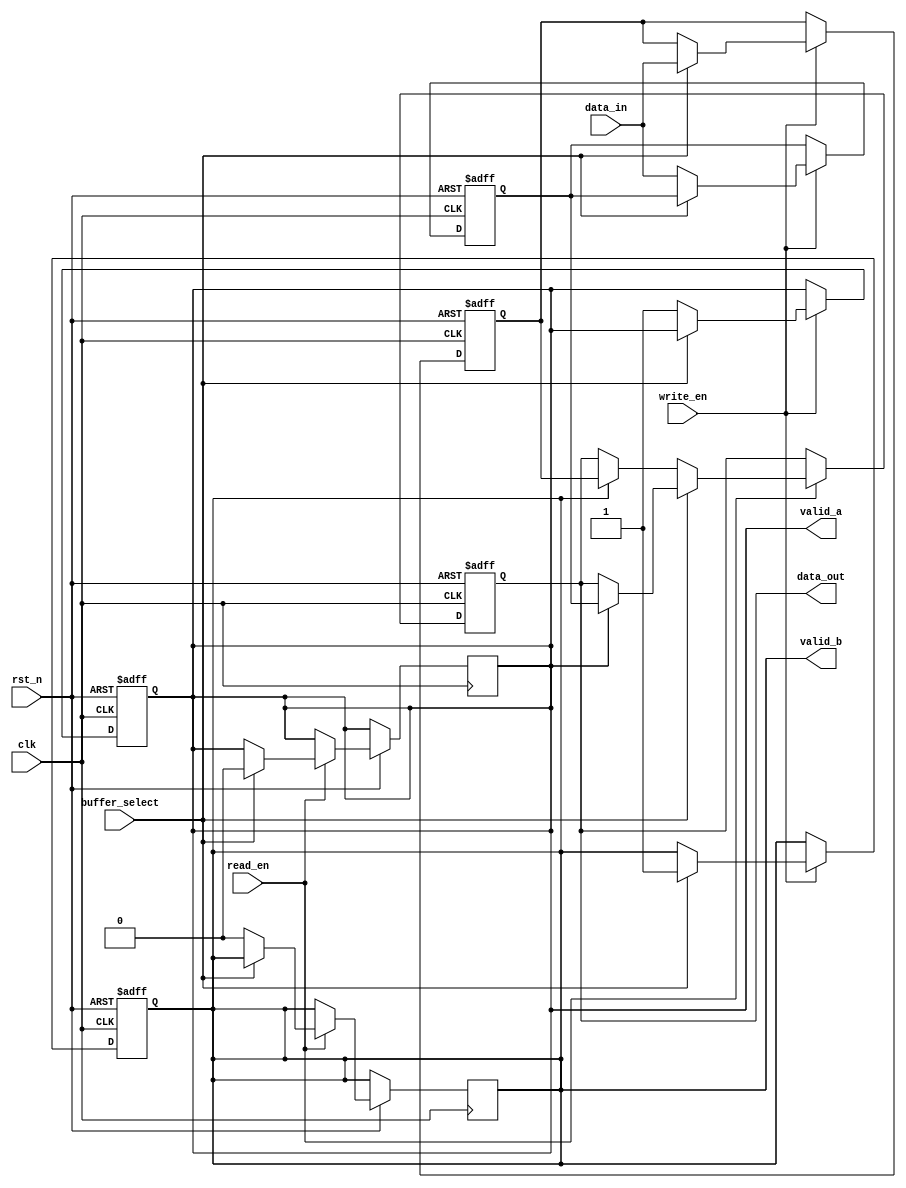
module double_buffer_register #(
    parameter DATA_WIDTH = 32 // Parameter for data width
)(
    input wire clk,                // Clock signal
    input wire rst_n,              // Active low reset
    input wire write_en,           // Write enable signal
    input wire read_en,            // Read enable signal
    input wire buffer_select,       // Buffer select signal (0 for Buffer A, 1 for Buffer B)
    input wire [DATA_WIDTH-1:0] data_in, // Input data
    output reg [DATA_WIDTH-1:0] data_out, // Output data
    output reg valid_a,            // Valid signal for Buffer A
    output reg valid_b             // Valid signal for Buffer B
);

    // Internal registers for Buffer A and Buffer B
    reg [DATA_WIDTH-1:0] buffer_a;
    reg [DATA_WIDTH-1:0] buffer_b;

    // Sequential logic for writing data
    always @(posedge clk or negedge rst_n) begin
        if (!rst_n) begin
            buffer_a <= 0;
            buffer_b <= 0;
            valid_a <= 0;
            valid_b <= 0;
        end else begin
            if (write_en) begin
                if (buffer_select == 1'b0) begin
                    buffer_a <= data_in; // Write to Buffer A
                    valid_a <= 1'b1;      // Mark Buffer A as valid
                end else begin
                    buffer_b <= data_in; // Write to Buffer B
                    valid_b <= 1'b1;      // Mark Buffer B as valid
                end
            end
        end
    end

    // Sequential logic for reading data
    always @(posedge clk or negedge rst_n) begin
        if (!rst_n) begin
            data_out <= 0;
        end else begin
            if (read_en) begin
                if (buffer_select == 1'b0) begin
                    if (valid_b) begin
                        data_out <= buffer_b; // Read from Buffer B
                        valid_b <= 1'b0;      // Clear valid signal for Buffer B
                    end
                end else begin
                    if (valid_a) begin
                        data_out <= buffer_a; // Read from Buffer A
                        valid_a <= 1'b0;      // Clear valid signal for Buffer A
                    end
                end
            end
        end
    end

endmodule